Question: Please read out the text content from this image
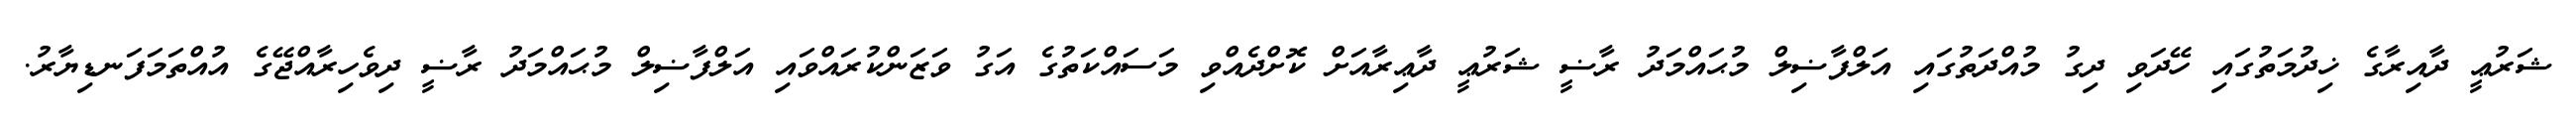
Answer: ޝަރުޢީ ދާއިރާގެ ޚިދުމަތުގައި ހޭދަވި ދިގު މުއްދަތުގައި އަލްފާޟިލް މުޙައްމަދު ރާޟީ ޝަރުޢީ ދާޢިރާއަށް ކޮށްދެއްވި މަސައްކަތުގެ އަގު ވަޒަންކުރައްވައި އަލްފާޟިލް މުޙައްމަދު ރާޟީ ދިވެހިރާއްޖޭގެ އުއްތަމަފަނޑިޔާރު.